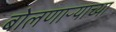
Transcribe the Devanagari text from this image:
बोलणाऱ्याच्या